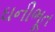
ઘનીભૂત